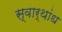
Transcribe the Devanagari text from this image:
स्वार्थांध